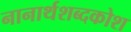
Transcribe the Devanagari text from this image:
नानार्थशब्दकोश